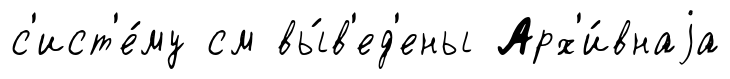
с'ист'е́му см вы́в'ед'ены Арх'и́внаjа